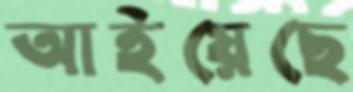
আইয়েছে